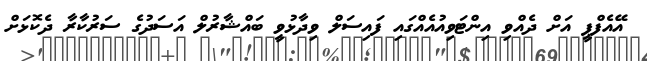
އޭއެފްޕީ އަށް ދެއްވި އިންޓަވިއުއެއްގައި ފައިސަލް ވިދާޅުވީ ބައްޝާރުލް އަސަދުގެ ސަރުކާރާ ދެކޮޅަށް